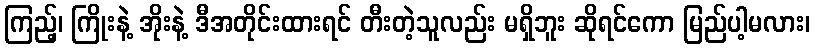
ကြည့်၊ ကြိုးနဲ့ အိုးနဲ့ ဒီအတိုင်းထားရင် တီးတဲ့သူလည်း မရှိဘူး ဆိုရင်ကော မြည်ပါ့မလား၊